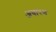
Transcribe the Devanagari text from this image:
अवारन